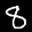
Label: 8